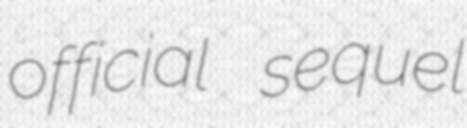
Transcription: official sequel